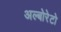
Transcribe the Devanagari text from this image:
अल्बोरेटो